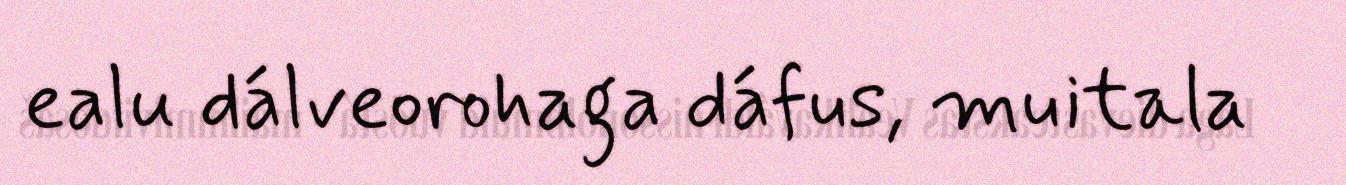
ealu dálveorohaga dáfus, muitala